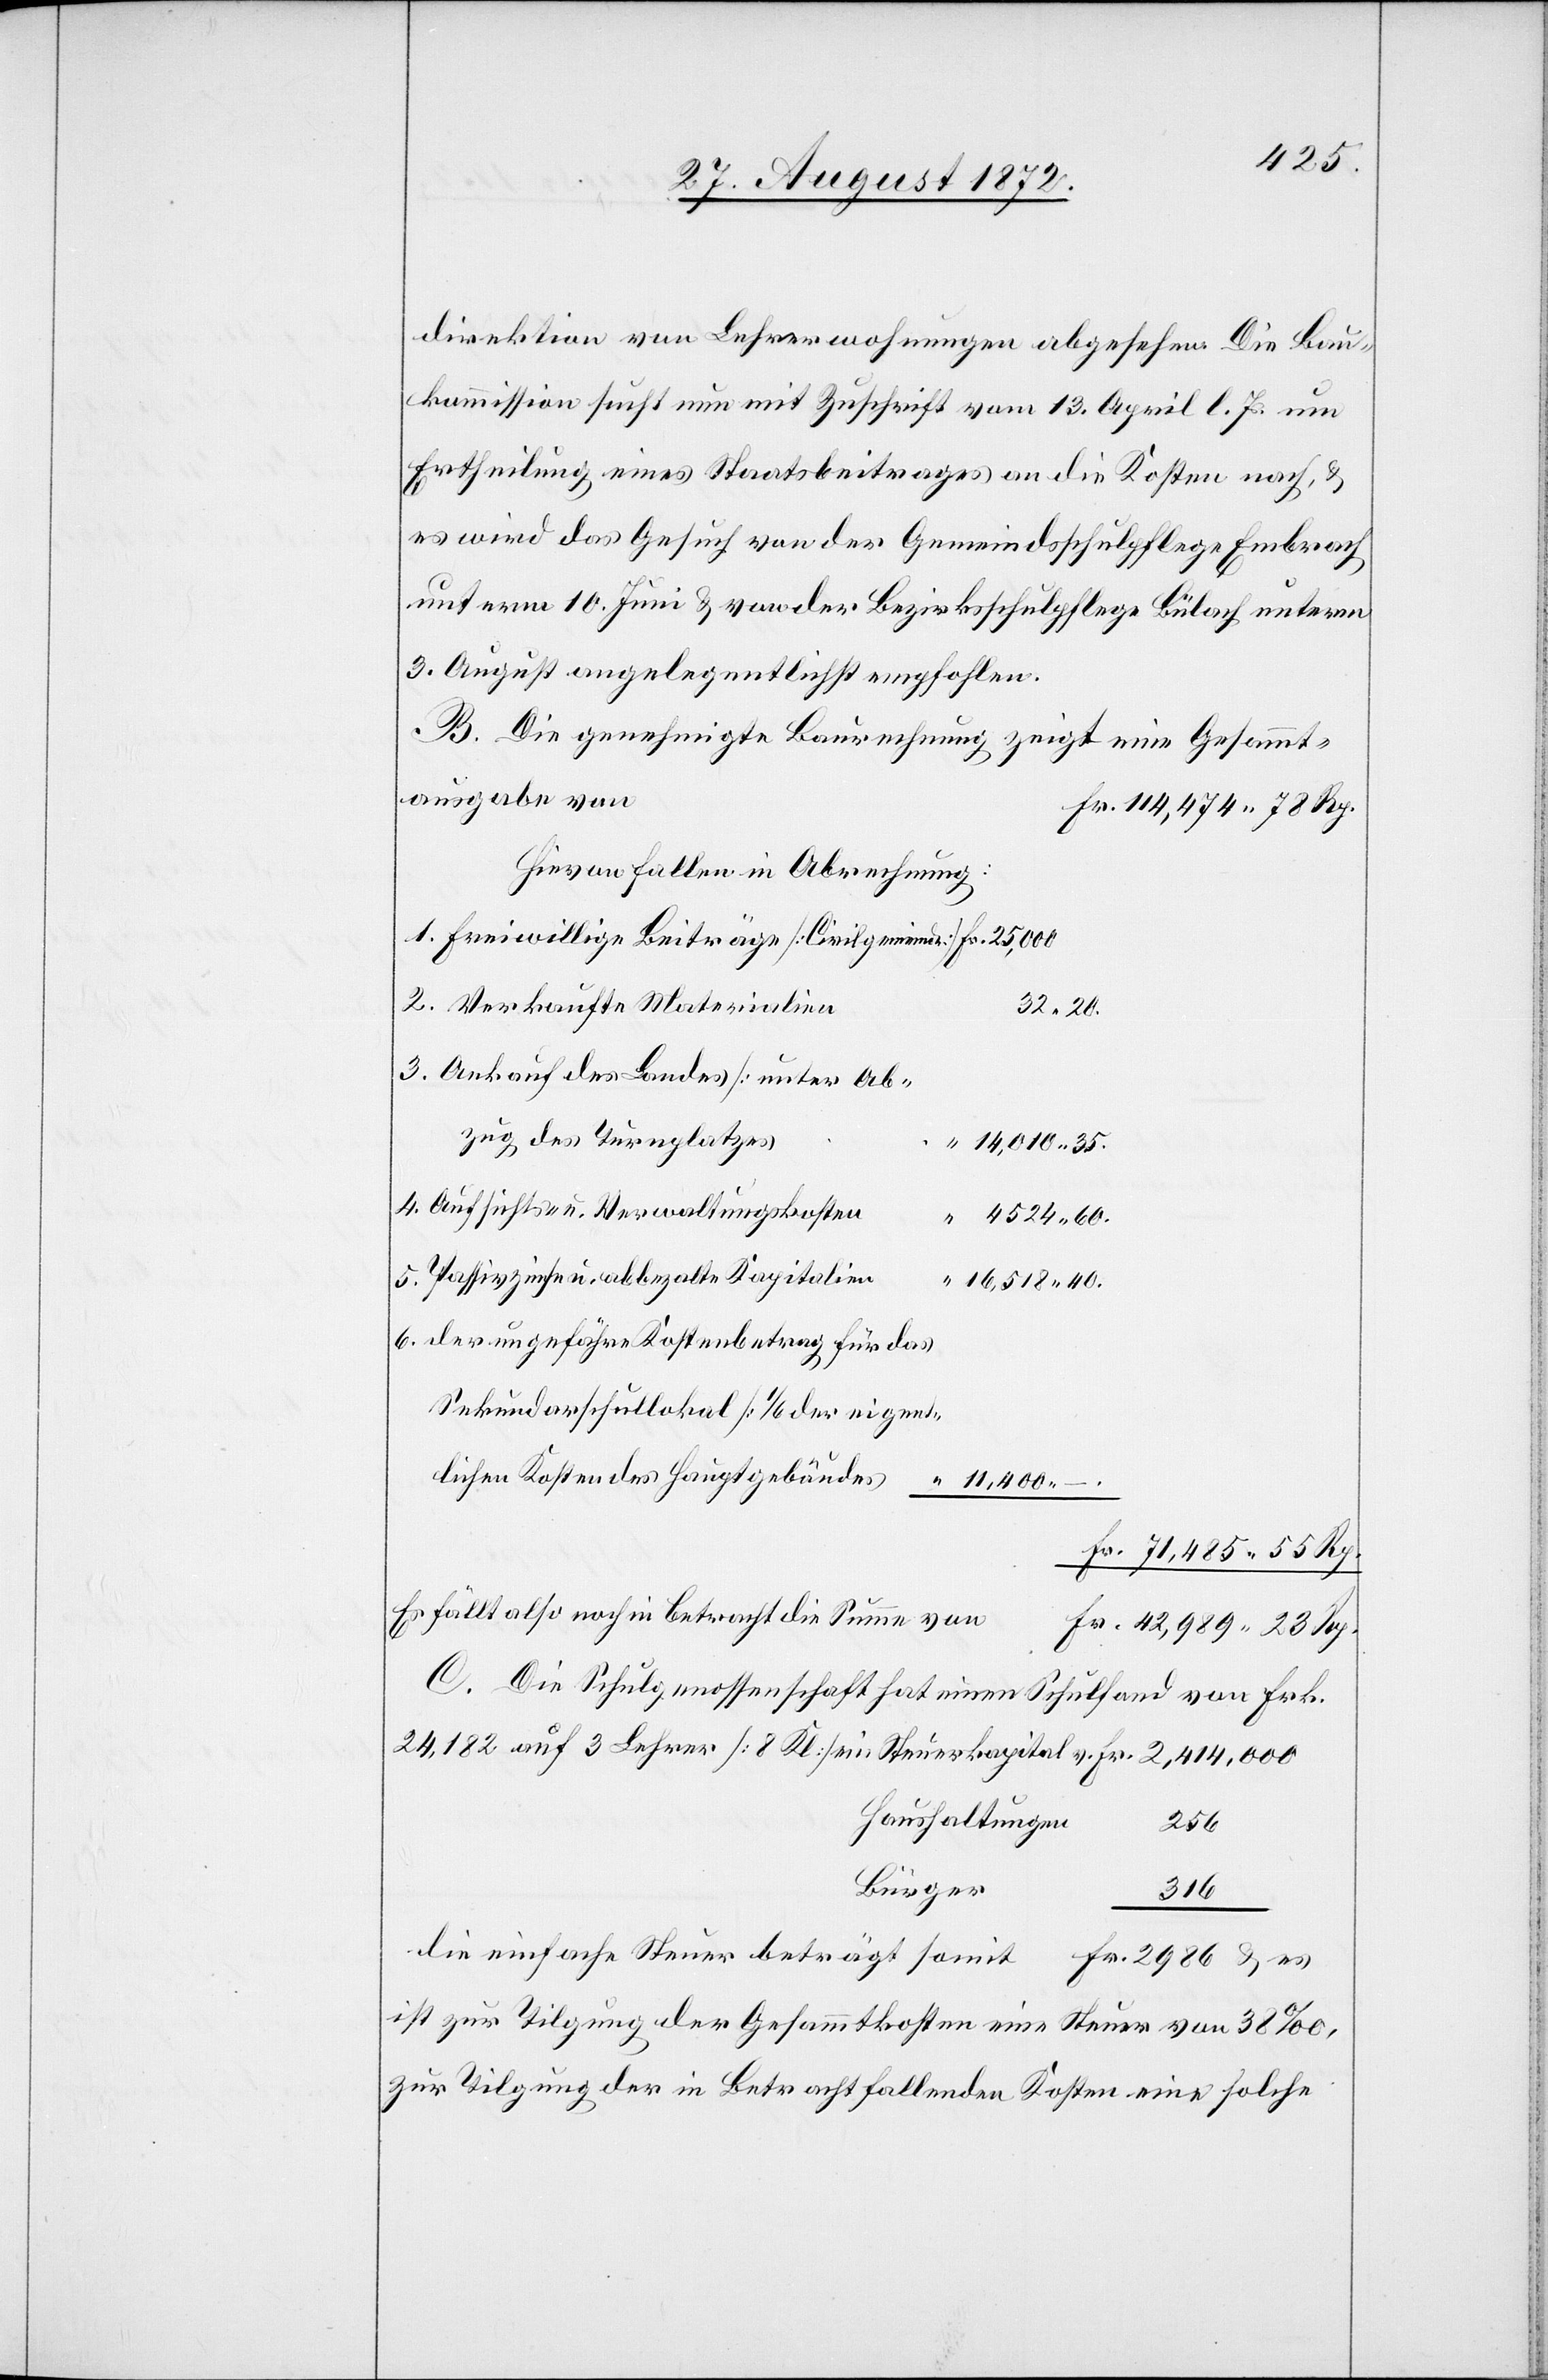
direktion von Lehrerwohnungen abgesehen. Die Bau¬
kommission sucht nun mit Zuschrift vom 13. April l. Js. um
Ertheilung eines Staatsbeitrages an die Kosten nach, u.
es wird das Gesuch von der Gemeindsschulpflege Embrach
unterm 10. Juni u. von der Bezirksschulpflege Bülach unterm
3. August angelegentlichst empfohlen.
Die genehmigte Baurechnung zeigt eine Gesammt¬
ausgabe von
Fr. 114,474 78 Rp.
Hievon fallen in Abrechnung:
Verkaufte Materialien
32 20.
Ankauf des Landes [unter Ab¬
zug des Turnplatzes]
14,010 35.
Aufsichts- u. Verwaltungskosten
“
4524 60.
16,518 40.
der ungefähre Kostenbetrag für das
Sekundarschullokal [1/6 der eigent¬
lichen Kosten des Hauptgebäudes]
Fr. 71,485 55 Rp.
Es fällt also noch in Betracht die Summe von
Fr. 42,989 23 Rp.
C. Die Schulgenossenschaft hat einen Schulfond von Frk.
23,182 auf 3 Lehrer [8 Kl.] ein Steuerkapital v. Fr. 2,414,000
Haushaltungen
256
alien
Bürger
316
die einfache Steuer beträgt somit Fr. 2986 u. es
ist zur Tilgung der Gesammtkosten eine Steuer von 38‰,
zur Tilgung der in Betracht fallenden Kosten eine solche